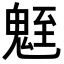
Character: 𩳀